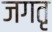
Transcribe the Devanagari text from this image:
जगतृ